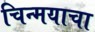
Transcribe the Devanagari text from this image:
चिन्मयाचा